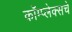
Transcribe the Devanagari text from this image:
कॉम्प्लेक्सचे